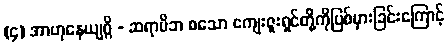
(၄) အာဟုနေယျဂ္ဂိ - ဆရာမိဘ စသော ကျေးဇူးရှင်တို့ကိုပြစ်မှားခြင်းကြောင့်